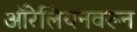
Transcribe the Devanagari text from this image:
ऑरेलियनवरून